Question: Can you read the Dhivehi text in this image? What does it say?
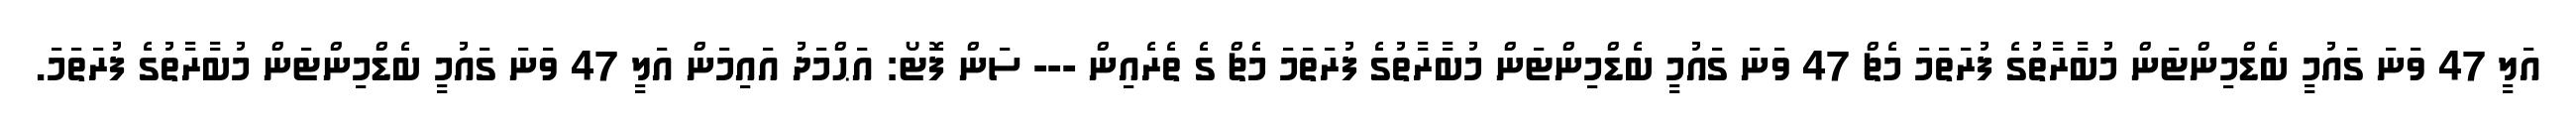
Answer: އަލީ 47 ވަނަ ގައުމީ ބެޑްމިންޓަން މުބާރާތުގެ ފުރަތަމަ މެޗް 47 ވަނަ ގައުމީ ބެޑްމިންޓަން މުބާރާތުގެ ފުރަތަމަ މެޗް ގެ ތެރެއިން --- ސަން ފޮޓޯ: އަޙްމަދު އައިމަން އަލީ 47 ވަނަ ގައުމީ ބެޑްމިންޓަން މުބާރާތުގެ ފުރަތަމަ.